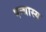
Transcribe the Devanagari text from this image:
पन्थास्य